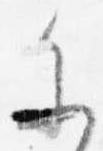
参